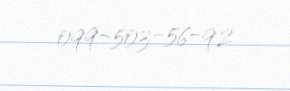
099-503-56-92